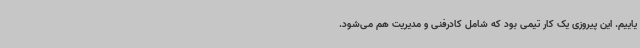
یاییم. این پیروزی یک کار تیمی بود که شامل کادرفنی و مدیریت هم می‌شود.